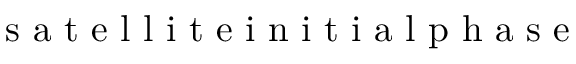
\mathrm { ~ s ~ a ~ t ~ e ~ l ~ l ~ i ~ t ~ e ~ i ~ n ~ i ~ t ~ i ~ a ~ l ~ p ~ h ~ a ~ s ~ e ~ }